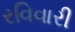
રવિવારી